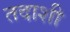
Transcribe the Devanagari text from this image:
तदाशी